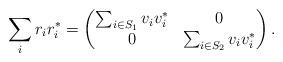
LaTeX: \begin{align*}\sum_{i} r_{i} r_{i}^{*}=\begin{pmatrix}\sum_{i \in S_{1}} v_{i} v_{i}^{*} & 0 \\0 & \sum_{i \in S_{2}} v_{i} v_{i}^{*}\end{pmatrix}.\end{align*}